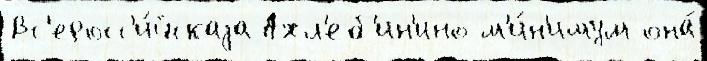
Вс'еросс'и́йскаjа Ахл'еб'ин'ино м'и́н'имум она́